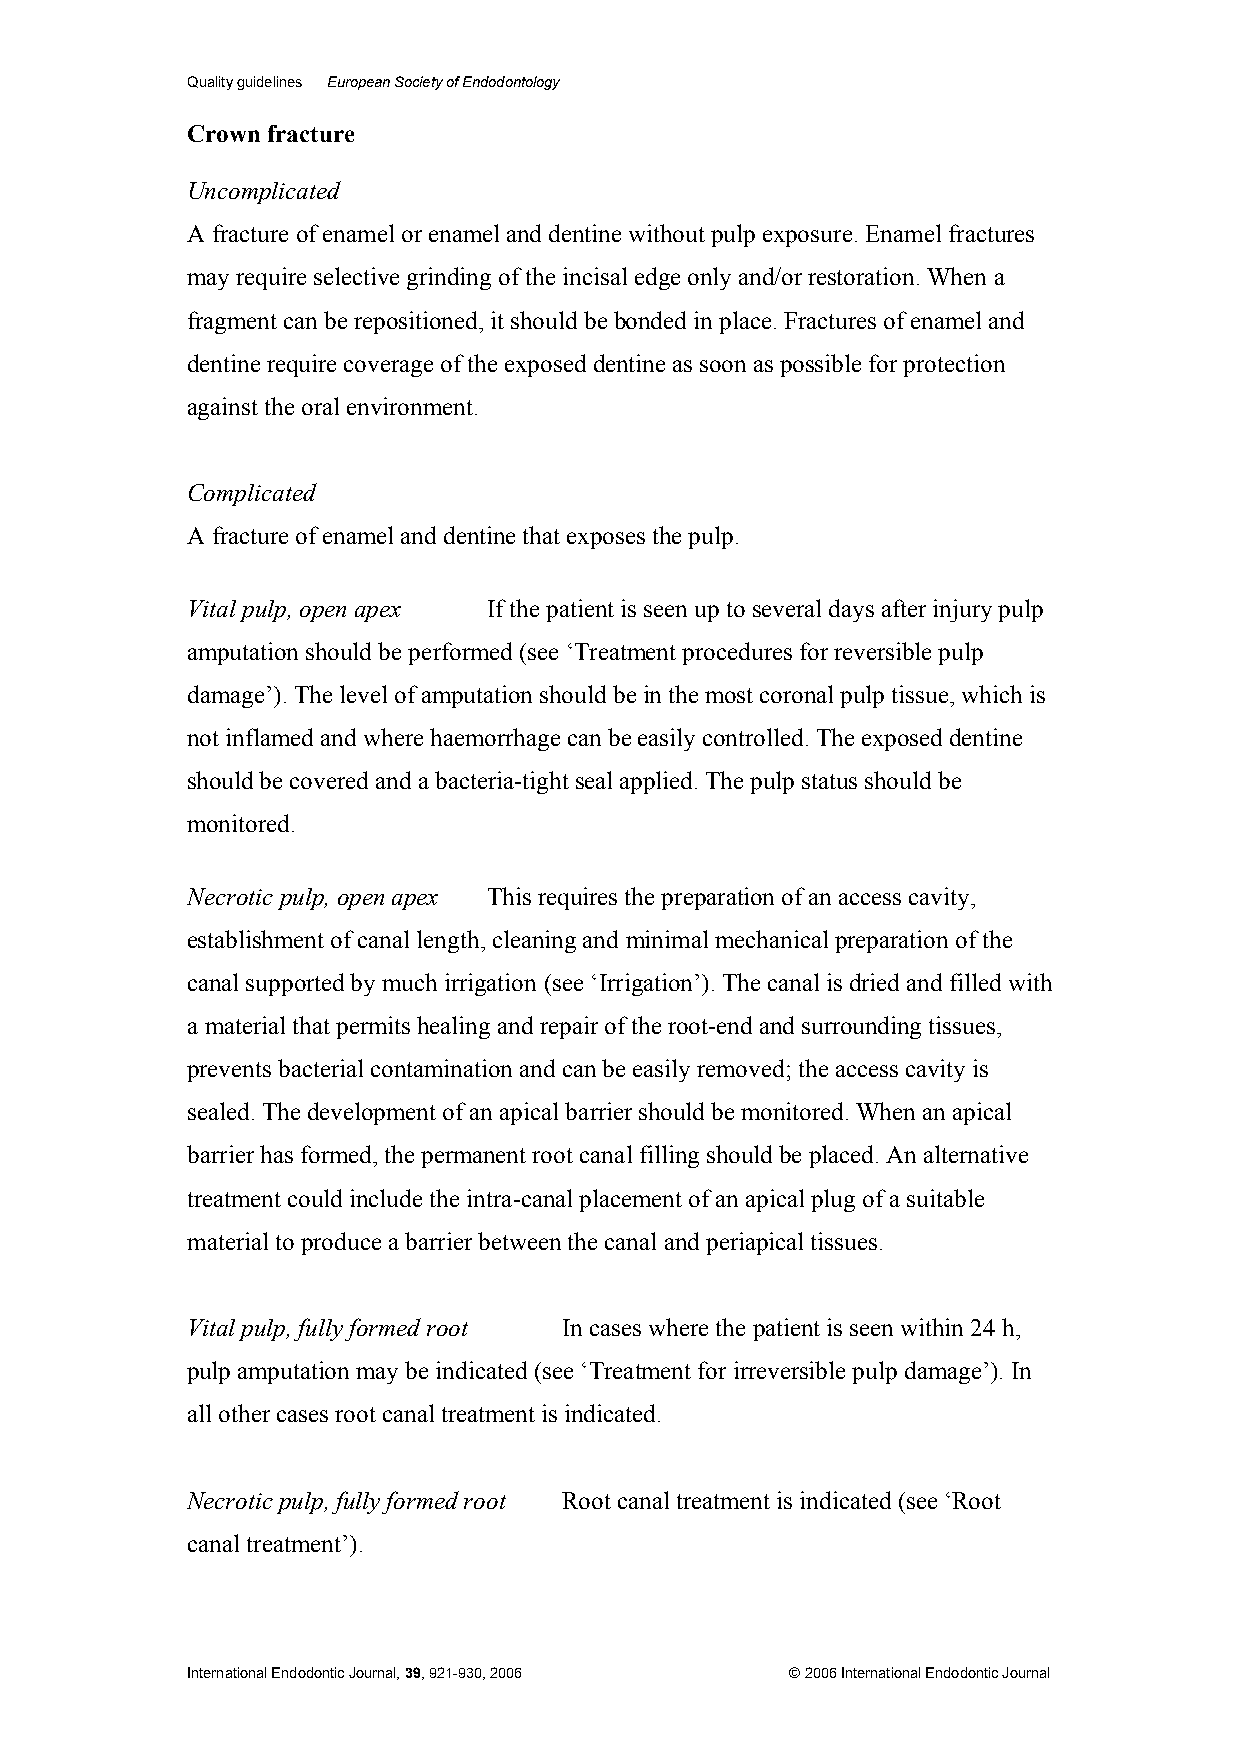
Quality guidelines European Society of Endodontology
 Crown fracture
 Uncomplicated
 A fracture of enamel or enamel and dentine without pulp exposure. Enamel fractures
 may require selective grinding of the incisal edge only and/or restoration. When a
 fragment can be repositioned, it should be bonded in place. Fractures of enamel and
 dentine require coverage of the exposed dentine as soon as possible for protection
 against the oral environment.
 Complicated
 A fracture of enamel and dentine that exposes the pulp.
 Vital pulp, open apex If the patient is seen up to several days after injury pulp
 amputation should be performed (see ‘Treatment procedures for reversible pulp
 damage’). The level of amputation should be in the most coronal pulp tissue, which is
 not inflamed and where haemorrhage can be easily controlled. The exposed dentine
 should be covered and a bacteria-tight seal applied. The pulp status should be
 monitored.
 Necrotic pulp, open apex This requires the preparation of an access cavity,
 establishment of canal length, cleaning and minimal mechanical preparation of the
 canal supported by much irrigation (see ‘Irrigation’). The canal is dried and filled with
 a material that permits healing and repair of the root-end and surrounding tissues,
 prevents bacterial contamination and can be easily removed; the access cavity is
 sealed. The development of an apical barrier should be monitored. When an apical
 barrier has formed, the permanent root canal filling should be placed. An alternative
 treatment could include the intra-canal placement of an apical plug of a suitable
 material to produce a barrier between the canal and periapical tissues.
 Vital pulp, fully formed root In cases where the patient is seen within 24 h,
 pulp amputation may be indicated (see ‘Treatment for irreversible pulp damage’). In
 all other cases root canal treatment is indicated.
 Necrotic pulp, fully formed root Root canal treatment is indicated (see ‘Root
 canal treatment’).
 International Endodontic Journal, 39, 921-930, 2006 © 2006 International Endodontic Journal